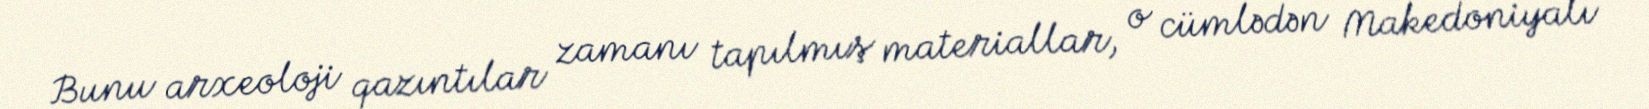
Bunu arxeoloji qazıntılar zamanı tapılmış materiallar, o cümlədən Makedoniyalı